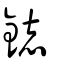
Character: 鋕